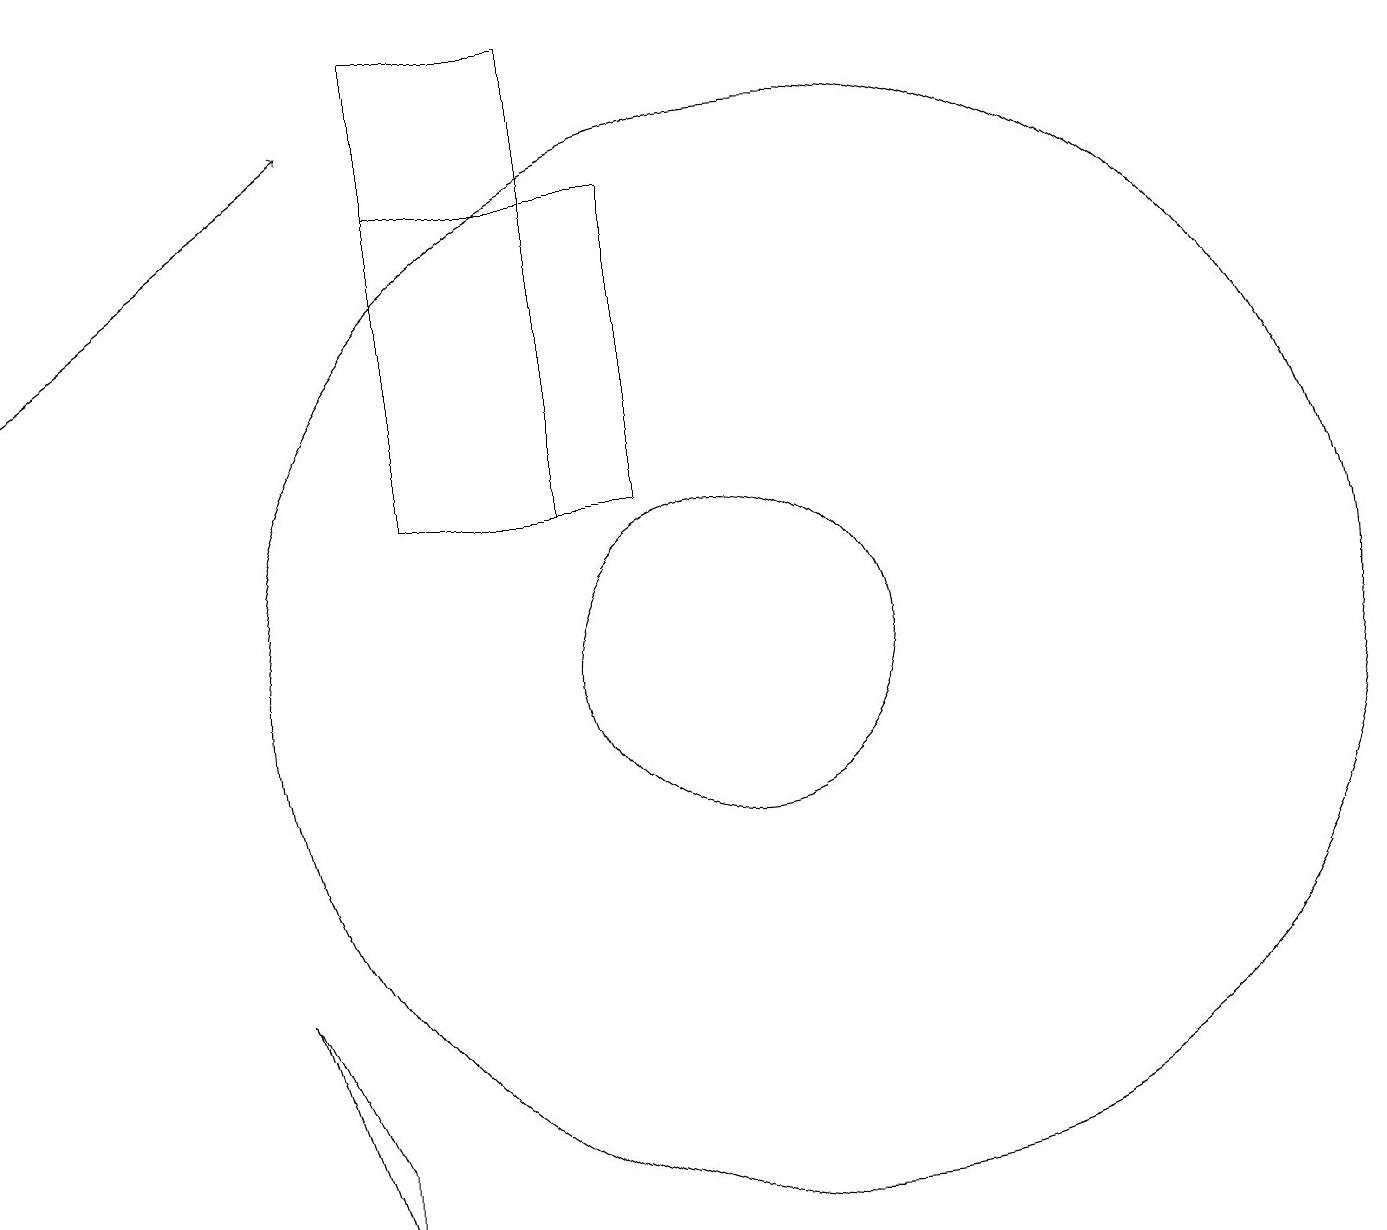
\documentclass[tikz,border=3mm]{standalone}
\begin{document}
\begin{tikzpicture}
\draw (9,12) rectangle (6,16);
\draw (4,6) -- (5,4) -- (5,3) -- cycle;
\draw (10,10) circle (2);
\draw (8,12) rectangle (6,18);
\draw (11,10) circle (7);
\draw[->] (1,14) -- (5,17);
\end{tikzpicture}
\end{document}